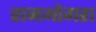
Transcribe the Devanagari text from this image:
रानमोगरा